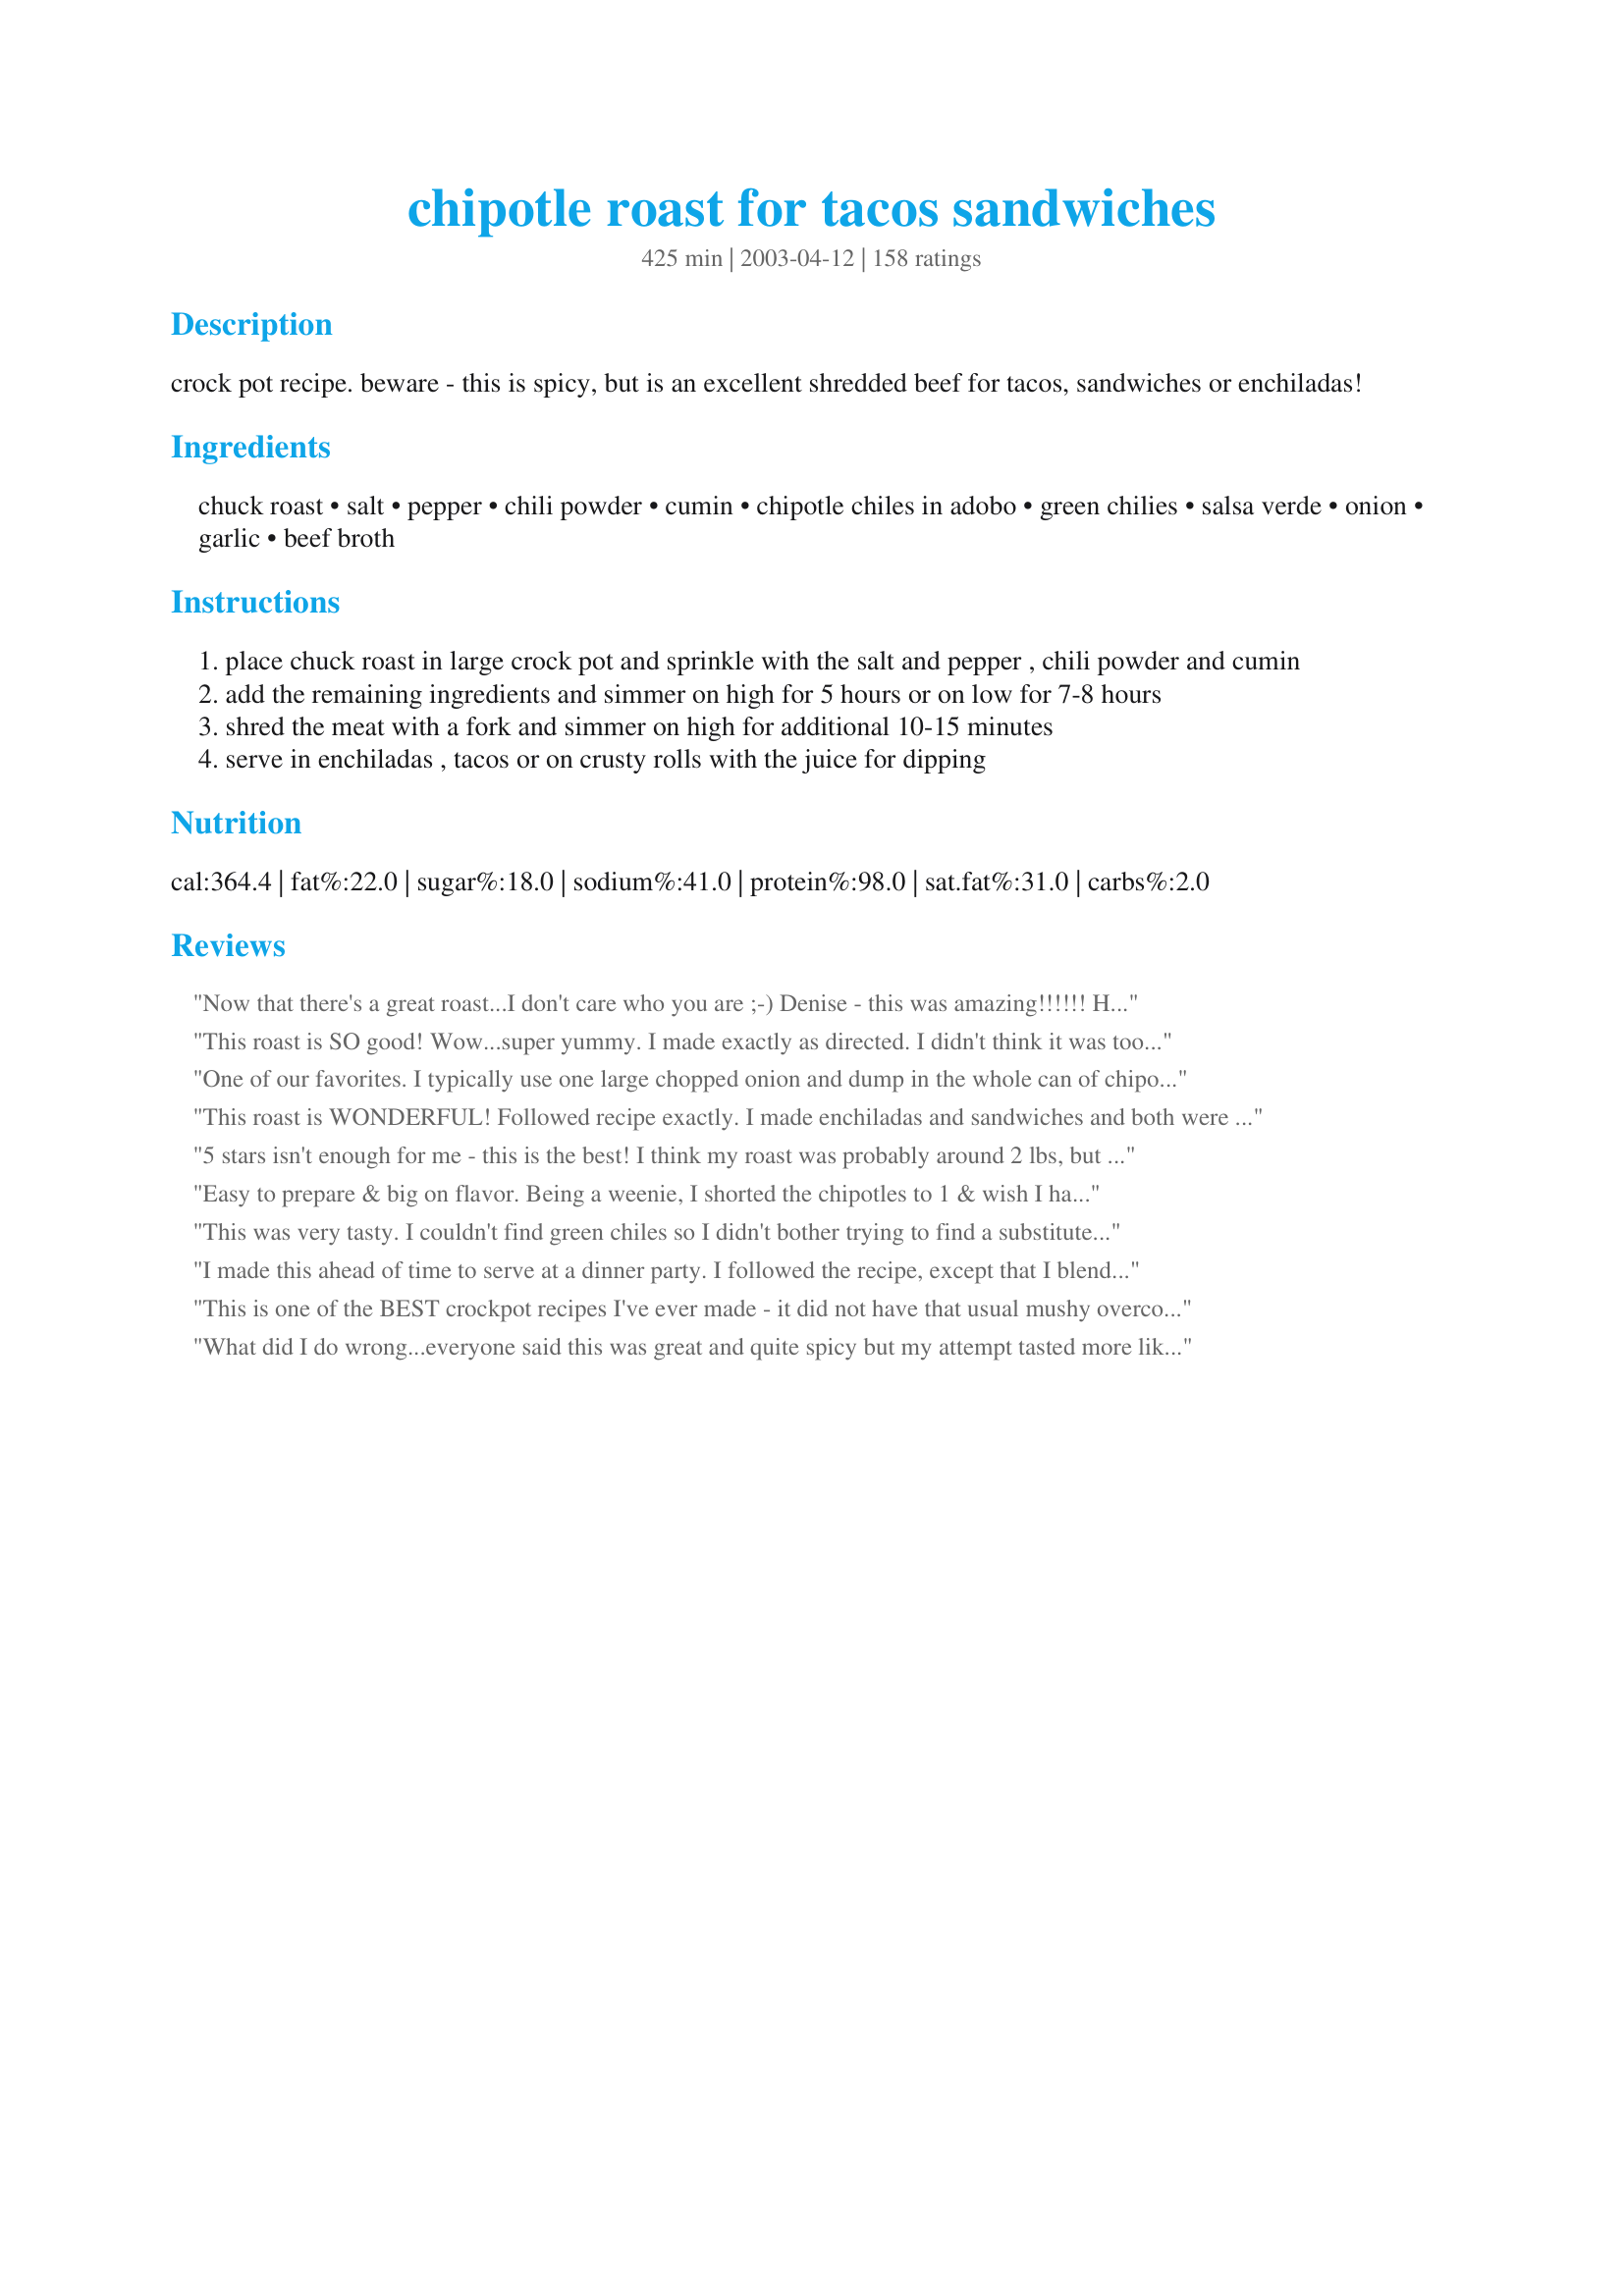
chipotle roast for tacos sandwiches
Preparation time: 425 minutes

crock pot recipe. beware - this is spicy, but is an excellent shredded beef for tacos, sandwiches or enchiladas!

Ingredients:
chuck roast, salt, pepper, chili powder, cumin, chipotle chiles in adobo, green chilies, salsa verde, onion, garlic, beef broth

Steps:
place chuck roast in large crock pot and sprinkle with the salt and pepper , chili powder and cumin
add the remaining ingredients and simmer on high for 5 hours or on low for 7-8 hours
shred the meat with a fork and simmer on high for additional 10-15 minutes
serve in enchiladas , tacos or on crusty rolls with the juice for dipping

Reviews:
Now that there's a great roast...I don't care who you are ;-)

Denise - this was amazing!!!!!! House smelled great all day, and the taste was just beyond!!! Had leftovers today wrapped up in flour tortillas! Brian loved it too :-)
This roast is SO good! Wow...super yummy. I made exactly as directed. I didn't think it was too spicy. After shredding I rolled the beef on flour tortillas with a little cheese and sour cream. Will make these again...and again. Thanks for sharing.

Update: The leftover beef & juices make excellent soup! I added some water, frozen veggies, and a can of pinto beans. Crushed tortillas in bowl, pour on the soup and topped with sour cream...super yummy.
One of our favorites. I typically use one large chopped onion and dump in the whole can of chipotle chiles in adobo to up the heat a bit. We eat this on tortillas with creamy coleslaw and it is a staple in our house!
This roast is WONDERFUL! Followed recipe exactly. I made enchiladas and sandwiches and both were soooo good. The meat is very flavorful and tender. The juice definitely has a kick to it so beware-I used it sparingly but hubby couldn't get enough!!! *Another comment after preparing again, my salsa verde is very, very hot so is adding a lot of the heat that I mentioned above.
5 stars isn't enough for me - this is the best! I think my roast was probably around 2 lbs, but I didn't change the seasoning amounts. I'm not sure what salsa verde is so I just used Pace Picante, didn't have the green chiles so threw in an extra chile in adobe, and this turned out perfect for us. Yes it was spicy but we like spicy. I cannot wait to make again. Thanks, Denise!
Easy to prepare & big on flavor. Being a weenie, I shorted the chipotles to 1 & wish I hadn't. After all was said & done, it wasn't hot at all. My weekend crowd stuffed the meat in hoagie rolls & ate until it was all gone.
This was very tasty. I couldn't find green chiles so I didn't bother trying to find a substitute, and I used 4 chipotle chiles instead of 3. it reheated really well this afternoon for lunch, and I definitely plan on making this again!

3/16/07 -- you know, I think my initial rating of this was a little harsh. I've made a few different chipotle roasts since then, and this is definitely the best tasting. when I was eating those other roasts, I would think of this one :)
I made this ahead of time to serve at a dinner party. I followed the recipe, except that I blended the chipotle, green chilies, salsa verde, onions & garlic. One of the reasons for doing so was to hid them from the dh. He's not so hot about chilies & onions & would probably pick them out. I loved this. So did everyone else. By the way, I left it just a little "juicy" when I made it because it would be heated up the next day - it was perfect. All the recipes I used are in my menu "Mexican Dinner Party". Thank you for a wonderful recipe & will use again!
This is one of the BEST crockpot recipes I've ever made - it did not have that usual mushy overcooked crockpot taste. It was moist and flavorful and I was able to quickly shred the meat in about 5 minutes. I served with warmed flour tortillas, sour cream, cheese and fresh cilantro; I also used the leftovers for "taquitos" the next day in everybody's lunch box - absolutely delicious!
What did I do wrong...everyone said this was great and quite spicy but my attempt tasted more like BBQ beef instead of mexican. I had prepared something else for my 2 year old since I thought it would be too spicy and he could have eaten it. The liquid was a bit spicy but non of the flavor made it to the beef. I cooked it on low for about 10 hours instead of 7-8 but besides that I followed the recipe. I even used brand name for all the ingredients as opposed to store brand. I have plenty of leftovers in the fridge I am hoping it has more flavor after it sits for a while.
Wonderful stuff, Denise! This is a great way to prepare a roast, especially if you like the Mexican angle. And It was really EASY. I served thge meat/sauce with deli rolls and, as an alternative, with small corn tortillas (my wife made enchiladas, adding cheese to top them, and said they were super). I went with the chipotles in adobo sauce and the meat did not turn out overly hot. If I made any changes in the future, I would add more onion slices as I ate them all up pretty quick by piling them atop of my sandwiches. Thanx for this great recipe. My wife and I rarely agree on food that is "fantastic" but this one gets 5 stars from both of us.
Big Pat.
Yum, Yum, Yum!!! This is soo easy and delicious. Cant wait to share with friends.
My family loved this. I used round steak and did not have verde sauce. The meat was very tender and flavorful. I broke up the meat and served it in flour tortillas with cheese and sour cream. I am going to mix the leftovers with rice tonight. I will definitely make this again.

One of the best recipes that I have found on this site. Tastes great and is so easy to make. Can be very spicy, but I like it and everyone that tries it loves it too. I ate it with soft flour tortillas, cabbage, cheese, and avocado! Yummy! Feeds a crowd so this would be a great party dish.
thank you so much for this recipe this was great! I followed the recipe to the T but cut back on the Chipotle's due to my family are whimps. I put it in the crock on Saturday planning to have it for dinner that night. Something came up so I put it in the refer. and on Sunday morning and let it cook all day again and by the time we ate Sunday night it was GREAT>!!! I served it on tortilas with a little cheese and this will be a roast i make often. I can say that when mother tells you something is good trust her! thanks mom (bobbie#3)
Surprisingly not as flavorful as I expected. Meat was tender and shredded well, but could use a flavor boost.
Can't wait to try this. I just froze a bunch of minced chopotle chilies in adobo in mini muffin tins for future use. Now I'm collecting recipes to use them in. Here's the link to the cookbook for anyone else needed to use up some book #150466
This was Excellent! The roast turned out moist and tender and the spicy part was the best of all.
I shredded it in my processer roughly and put it in a skillet and added the cooking liquid and cooked it down until almost all the liquid cooked out and then served it on fryed taco shells and it turned out perfect. Next time I will make sandwiches and use the juices for dipping. Thanks Minkie..
While we liked the flavor of this, most of my family found this too spicy. Of course when using peppers, they vary in size, and therefore the heat will also vary. It was super easy to throw together and the house smelled fantastic when we got home from work. If I made this again I would have to play with the ingredients and amounts for my family, trying to keep flavor but decrease the heat.
This was pretty good! I didn't have a beef roast on hand so I used a venison one instead, and it worked out perfectly! When I went shopping for this meal I couldn't find the chipotle chilies in adobo so I picked up a jar of chipotle salsa instead. Even though the venison roast was smaller then the beef roast, after I shredded it and put it back into the crock pot it was the perfect amount. I would have rated this a 5 star but because I tried it with venison instead of beef I gave it a 4. When I make this again (with the beef roast) I'm sure it will be a 5 in my book. :)
What a wonderful recipe. It can be used for so many things. I used the beef chuck roast -- but I can see that a pork butt (shoulder) would be great -- and chicken as well. My roast was 5 pounds, so I did 1 1/2 the amounts of the recipe. After it was all said and done, I think I could have just stuck to the original recipe. I had plenty of "juice" -- enough that I was able to put a couple cups of it in the freezer for the next time I make this. We had tacos last night and they were wonderful. I can see where it would make great burritos and fajitas -- and sandwiches. I also cut back on the chilies in the adobo -- mainly because we're having this tomorrow for our two small grandchildren. The broth was pretty spicy, but once I shredded the meat, it was very mild. I appreciate having this recipe -- and I can see that many others do as well!
I've made this several times with beef (fantastic by the way) but this time I used a pork roast and chicken broth. It turned out just as well. Thanks so much for posting!
Soooo good!! I used 2 chipotles, and it was pretty darn hot. (we like spicy!) We ate it on tortillas, and once you added the toppings, the spice was great. It was a bit too spicy for my children though, so next time, we will just try one chipotle. I made this for guests, and everyone loved it. Thanks for sharing this easy, (YUMMY) recipe!!
This has become a staple in our house. I don't chop the chilies so I can scoop them out before shredding the beef. I also add Worcestershire sauce, just a tablespoon or so.
After it's cooked (I like to let it cook on low for another couple hours after shredding) I add about a cup of mayo, shredded ch. cheese and a can of cr. of mushroom soup it's fantastic for enchilada filling. I use this for OAMC cooking. Roll up all your tortillas, flash freeze, wrap in plastic wrap and then put them in bags
Wow, this was excellent! I made it exactly as the recipe stated. The house smelled SO GOOD while this was cooking, and the taste lived up to the smell! We used it in burritos, DH ate until he was miserable. Thanks for the keeper!
Yum! And very easy too. :) I will definitly make this again. Thanks!
My kids were not crazy about our Christmas prime rib. So I used the leftovers in this recipe and I omitted the chipotles so it wasn't spicy. The canned green chilies always add a really nice flavor we really enjoy. We ate it on sandwiches and all of it was gone way to fast. We'll definitely will make it again using a different meat.
just unbelievable! We ate this one for days....
I've served this twice to two different groups, and everyone loves it. Thanks for a great, easy recipe.
Very simple recipe,almost no work invovled and when its done it taste like a explosion in your mouth!!Fire and flavor,just the way I like it.I ate mine plain but the rest had it with tortillas,sour cream and cheese,although next time I am gonna serve it on tostados.Just a hint,if the recipe seems too spicy for some,leave out the chipoltle peppers in adobe sauce,that one little can is packed with fire,good but hot to some.
We all loved this! The meat has a really nice flavor and is just spicy enough. Thanks for sharing your recipe! This is my new taco/enchilada/everything meat!
Loved this recipe! I made it for our tailgate-easy with flour tortillas. There was none left. Definitely a keeper.
Absolutely THE best recipe for beef in Mexican dishes. I have made this countless times now and everyone loves it! I add 5-6 chipolte chiles in adobo, but my family is into the "spicy" stuff! Thanks for a wonderful recipe. (Oh! And DH uses the leftovers over pasta with a can of drained corn - yummy!)
This was REALLY good, but quite spicy. We had to rinse it and nuke it in more broth so the kids could eat it. BUT we also substituted fresh (seeded) serrano peppers for the chipolte in adobo (what is that? We can't find it anywhere around here). Very yummy! Tom had a sandwich, I had it in a wrap with fixin's... very high yum factor!
Made this just as posted, used 4 chipotles--just enough heat for our family. Will make this recipe often! Thanks to you for a good alternative to the regular ground beef w/taco seasoning!
This meat was phenomenal. We did use all 3 chipotle chiles and it was hot but we love it that way. Also, once the meat was shreaded I transfered the meat to a skillet and slowly added the juices from the crockpot to let it reduce. It intensified both the spice and the flavor and DH RAVED!! We had lots of leftovers and are looking forward to eating them!
Made this twice now. First time I put it on buns. Second time I put it in flour taco shells with slices of red pepper, sour cream and avocado. It was much better the second time. This is a great base recipe that you can do tons of things with. Thanks for the great recipe!!!!
Absolutely fantastic! I didn't have a roast, but needed to use up some beef tenderloins and steaks in the freezer, so I used about 1 1/2 pounds of each. Other than that, I followed the recipe. This had such a wonderful flavor and just enough heat without being overpowering. I made this for enchiladas, and will use the leftovers for tacos. Thanks for sharing.
This was so easy and delicious. I used a pork roast. I tried to make it a little more mild for the kids. We served it on homemade tostadas(fried corn tortillas) with the traditional taco ingredients + gaucamole, cilantro and crumble mexican queso cheese. Will make again for sure.
This was sooo good! I allowed mine to cook overnight for about 8 hours and it was super tender! When I took it out of the crock pot I shredded it and put in the fridge until dinner. Then I placed the left over cooking liquid in the blender, pureed until smooth and passed it through a small strainer. When it was time to eat I simply placed it in the skillet and reheated with some of the strained sauce. We served this in white corn tortillas and topped it with shredded cheese, sour cream, and Recipe #60137
I have made this several times now and we love. Tasty spicy! I always get requests for this recipe.
Excellent. After slow cooking, I separated meat from sauce, degreased the sauce, placed sauce in pot and reduced by about a quarter (10-15 mins. of gentle boil), thickened with 2 tsp of cornstarch slurry, and finally recombined meat and sauce for final simmering. The idea was to make the excellent sauce better stick to the shredded meat.
This was great. I made this 3 times already. Flavors are great and the meat just falls apart. I did not change a thing. Served in flour tortilla. I made a sauce with equal servings of mayo and sour cream with a little lemon juice and a teaspoon of taco seasoning. It was great as a topping for this dish! Thanks for posting.
EXCELLENT!!! I used an almost 4lb roast so i added more Chipotles about 5 large ones in the adobo sauce, (I tried the hotness before I added them and they were med-mildish) PERFECT for the spice lovers!!! Yummmy will defiantly make again!
I made this for enchiladias and we loved it. I could smell it from the start and was practically drooling by the end of the day...lol. I will make this again, thank you.
Excellent. I made 2 roasts in a large crock. Instead of the salsa verde, I used drained canned diced tomatoes, and added extra of all the seasonings.
this was really good & not too spicey but boy did it gave me heart burn!! nothing that a couple'a tums couldn't handle...lol
the perfect thing to make when hosting a party. after done, just shred the roast and set the crock pot to warm and these sandwiches don't stand a chance! even better when you serve the sandwiches wet (dip the top half of the bun in the gravy). i usually have to triple this to satisfy everybody.
Oh my goodness! This was terrific! A definite keeper. I served this on my Recipe #358515 that made into rolls. I used a mixture of equal parts of mayo and sour cream; then spread on the bottom of the roll along with onion slices and banana pepper slices. I topped the meat mixture with a sprinkling of shredded yellow cheese then the top of the roll. An outstanding recipe that I can't wait to serve again.
This was the most amazing mexican meat I've ever had!! Lived in tx for 2 years... and nothing compares! Making it again today trying with chicken this time. Amazing thanks for sharing this!
Let me add my 5 stars to this recipe! The meat was so flavorful without being hot and spicy! I made as posted except I subbed picante sauce for the salsa verde (personal preference). I left all the seeds in the chipotles, too. My meat was still somewhat frozen so I put it in early in the morning and cooked on high all day and it came out perfect. We made tacos with the meat. This recipe would be perfect for a crowd. Thanks for posting a keeper!
This is a fantastic recipe! I will be making this often! Made it as directed with just a couple of changes. I seared the roast in a pan first, and then sauteed the onion and garlic in the pan drippings from the roast. This recipe seems like it&#039;s going to be way too spicy, but it is actually fairly mild. The meat really doesn&#039;t pick up all of the heat until it&#039;s shredded and put back in the crock. For those who can&#039;t stand the heat, just set some of the shredded meat aside, rather than putting it back in the crock. We had this in tacos, and the leftovers will be used for enchiladas, burritos, etc. Awesome recipe!!
I toned down this recipe as the ingredients sounded so good but way to hot for me. I halved recipe. I had to cut a roast in half to do that. I used 0 chili powder though I think I should have used some, Cummin asked for, 1 chipotle chile in adobe, 2 ounces of green chilies, 3.5 ounces of salsa verde, 3/4 tsp garlic and the rest of ingredients as called for. It was good but not spicy enough for me. Next time I will add 1/2 tsp chili powder or maybe 1 tsp. It was a nice change of pace from tacos. I ate on a flour tortilla with sour cream, avacado, tomato. Served extra salsa verde on tortilla. I was able to cook 1.5 lb roast in a 1.5 quart slow cooker.
I used the whole can of chipotle chiles and we thought it was not spicy at all. My boyfriend loved the sauce that this made! After using all the meat for tacos, I saved the sauce and used it to serve with cheese quesidillas with onions and it was delicious! I can't wait to make this again. So easy!
This was so delicious and really easy. I have some in the house who can't handle too much spice so I only used 1 Chipotle chile and added about a teaspoon of the adobo sauce. I did use a pork roast because they were on sale and we made burritos and tacos from the meat. I served green chile on the side to smother the burritos in and everyone loved the meat!
This was just wonderful. We loved it! I used it all the different ways you stated. I'm sure it could be used many more ways. Great recipe. Thanks for posting.
The leftover drippings along with the onions, peppers, and spices in the crockpot make great enchilada sauce! Just skim off the fat then puree the crockpot contents in your blender. Next add the pureed mix gradually to a roux made in your saucepan. Then stir in two small cans of tomato sauce, some water if needed, along with with cumin, chili powder, garlic powder, and oregano to taste. Simmer the sauce then use it for enchiladas filled with the leftover shredded chipotle roast ~ Yum!!
My family LOVES this recipe! It is quickly becoming one of our top favorites. I make it with no chipotle peppers. I'm sure it is wonderful with them, but with small children, I leave them out and it is still delicious!
I made this recipe exactly as posted and it was excellent! The meat was falling-apart tender and the seasoning was delicious. I had my Mexican neighbors over and when I told them the recipe had chipotles in adobo they thought the beef would be very spicy-hot, but it wasn't - it was perfect for our taste! I served this on rolls like hot beef sandwiches, but would be great for tacos, too. Thanks for a keeper, Minkie!
Incredible recipe - we just loved it. A very welcome change from the usual roast, potatoes, and carrots, and I will be making it often!!!
A great recipe to make ahead and freeze for whenever you want burritos or enchiladas. Instead of the green chilies and salsa verde I used a can of diced tomatoes and green chilies (undrained) as I had that on hand. I made this in my pressure cooker and cooked for 2 hours on high pressure to make it really tender. Because I used the pressure cooker I added another 2 cups of liquid.
So flavorful and spicy! I served it on buns for the first night, and then in beef tacos with the leftovers. Very easy and delicious!
Terrific! My husband loved it. Nice and spicy. Very easy to make. Followed instructions exactly. It did take the full 8 hours on low before it was ready to be shredded.
We loved this recipe, I did a few things different as I've made this several times and what works best for us is to skip the chipotle chilies in the abodo sauce completely I find that it is too spicy and kills the tastebuds on your tounge and your unable to taste anything else. I love spicy food but I need to taste other flavors too. :-) I also skipped the canned green chilies and used fresh roasted ones, also skipped the salsa verde those seemed to make it too salty for us. Instead of the salsa verde I used a small can of green enchilada sauce and that seemed to work out just fine. And because I was too lazy and in a hurry I didn't trim the fat off I just tossed it in our Rival 8 quart Roaster Oven at 350. It tastes so good! It makes so much flavorful meat I'm able to get a few meals out of it, usually can have tacos one night, enchiladas on another night, burritos on another night, and sandwiches on another. Tonight I'm going to make some burritos up and stick them in the freezer for a quick hassle free meal. Great post!
FANTASTIC!! I didn't have chiptle chiles but I had Chipotle Chili powder. Turned out wonderfully! Thanks so much for posting.
Wow, this was so good! Followed the recipe exactly as written and it is perfect...very flavorful and just the right heat. I did it in the crockpot for 5 hours and the meat shredded nicely...thanks so much for posting this awesome recipe!
I loved this recipe so much I wanted to try it with chicken. I used 6 chicken breasts and chicken broth, but kept everything else the same. Cooking time was about 1/3 of what was needed for the beef, and it was the most tender chicken I've ever made. It was perfect for enchiladas!!
Loved this in tortillas. I cooked the roast then put all the liquid in the blender to mix up. Next time i will reduce the sauce a bit to thicken it. It was very thin and got all over, dripping out of the tortillas. Very easy.
I used a pork loin roast, and didn't add the chipotles because I wanted to make it mild this time. We served it on tortillas with cilantro and sour cream. It was delicious - very moist, tender and well seasoned. I will try it with chipotles next time for a spicier version.
This was great! I used a pork butt instead of beef and vegetable broth instead of beef, but otherwise made as written. Served on corn tortillas for taco filling. UPDATED 1/25/11: Made directly as written(with beef and beef broth) and loved it even more. Cooked on high for 5 hours and came out tender and flavorful. Served on french bread rolls.
I made this the other night for the family and it was eaten very fast! I liked the salsa verde and chipotles, it was a nice blend. 
This is a definite repeat recipe.
This is a great recipe! It was quick to put together, easy to cook, and full of flavor. The husband wanted a pork dish for dinner this evening, so I used a 3 pound pork loin but did not change any other ingredients. The pork was full of a wonderful spicy flavor and it was so very tender. I%u2019m planning on cooking this again next week. A friend, who served pork tacos at her restaurant, would use tongs to lightly toast the flour tortillas over an open flame of a gas stove, which added a special flavor to the taco. I have an electric stove top and decided to put a tortilla directly on the burner for a few seconds and it did not taste the same, but it was better than having a plain warmed tortilla. I served this with fresh cilantro, guacamole, fresh green salsa, and tomatoes. A to the person that submitted the recipe!
This really excellent. I actually cooked this roast on low over night and shredded the beef in the morning. Before reheating I added just a touch more broth to keep it moist. We all loved it and it makes quite a bit so there were left overs for burritos. I have a little left over in my freezer now and can not wait for another mexican menu at my house!
This was very good. I used it for saft tacos and it was a nice change from the regular taco meat. It had a nice spice and heat to it which we liked. I'm sure we will be having this again!!
I have made this recipe about 5 times now. My entire family Loves it! Its wonderful! We eat it on whole wheat tortillas with cheese and rice also in the tortilla. Yum!
This turned out very well ~ we ate it as just our main meat for dinner. I can't wait to make this again.
I have been meaning to review this for some time. My guys just love this! They think it is better than french dip! It is so easy and versatile. I've used dry onion soup mix and a cup of water as a substitute for the beef broth.
excellent, flavorful, and easy to put together!! i actually used a pork roast, upped it to 4 chipotles and added 2 serrano peppers for extra heat! we used this to make burritos. will make many more times!! thanks denise!!!
I made this recipe exactly as written EXCEPT I cut the chipolte peppers to one. However, next time I make it, I will include all three peppers. I can't believe that the preparation was so easy. It is one of the best crock pot recipes I have ever used. This recipe came out wonderfully and my family loved it. I served it on a bun, but I can't wait to use it as taco and tortilla filling. This one is a winner. Thanks.
This has to be one of THE best dishes I've EVER made in a crock pot! My husband was a cook at a Mexican restaurant for 4 yrs as a kid and he loved it as well. I had to make some substitutions because I didn't have certain things at home. Still turned out wonderfully, but probably just a bit hotter than this dish was intended to be. Instead of chipotle chiles, i used some dried red chilis i happened to have. I also used a can of jalapenos instead of green chilies. it was SO awesome!!! I highly recommend it.
This is one good recipe! It, however, wasnt as hot as we were anticipating, but we also eat a TON of hot things in our home. This is a very tasty recipe and I followed the recipe to a T and it is perfect! Thanks so much!
very good taste.Made it as written. Will make again.
Really good and easy recipe for dinner. We used it to fill tortilla's like for taco's. I cut some of the chile proportions because I have little guys who can't eat things that spicey. This had a great flavor. We all enjoyed it! Thanks for a fantastic recipe.
Really good!
I have been looking for a delicious shredded beef recipe and I have now found the perfect one! I used a larger can of green chile, and instead of chipote peppers which upset my tummy I found a great new product. It's in the hispanic section of our grocery store and it's like chipolte boullion cubes. It gave a great flavor without all the mess. I browned my roast then threw it in the crock pot. Put my onions and garlic in the skillet I browned my roast in, cooked them until soft, added the other ingredients and threw it all in the crock. After 3 hours on high I pulled out the roast, shredded it, and put it back in for about an hour so it would absorb more flavor. I served this with fresh tomatoes, cilantro, onions, and queso fresco with corn and flour tortillas. It wasn't too hot and my 3 year old liked it too! Super splendid and will make over and over again.
Wow!! This is good! I followed the recipe exactly. I tasted of the sauce when I removed the roast to shredd it and it was very hot. Adding the roast back into the sauce mellowed it down and the result was a spicy, but not blow the top of your head off, dinner. I served this in flour tortillas to build soft tacos. I will make this recipe again. Thanks for sharing this with us.
Very good! We served this on tortillas topped with cheddar cheese and salsa. I used only one tablespoon of chili powder but next time I will use the full amount. Thanks for sharing!
Absolutely AMAZING! I added about a cup of medium salsa, a few dashes of Worcestershire and another half cup or so of beef broth. The flavor was incredible. Like some others, I was concerned about the heat when I first tasted the juice, but once the meat was shredded and absorbed the juice, it was perfect! I made shredded beef quesadillas with this, and it was better than what I get from any restaurant! My kids each gave it two thumbs... and two big toes up, lol. They said it was too good for just two thumbs.
these were really good. we made burritos and put cheese and rice and avacado in them. they were even better the next day.
I would give this ten stars if I could! My whole family loved this-I did omit chipoltes for the kiddos and used regular salsa. Thanks for posting
I made this exactly as written and it was wonderful! The aroma that filled the house was fantastic and we could hardly wait for it to be finished. This will become a regular in our house. Thanks!
Wow, I have to say that this meat is by far hands down the best!!! and I mean BEST that I have tried for tacos. I had a little get together today with friends and family and everyone absolutely went crazy for it!!! With the chipotle chiles it wasn't too spicy, just a nice warm burn. Almost addictive. Way to go. Thank you for sharing!
This was wonderful! I made it exactly according to directions and served on tortillas. The whole family loved it. It was just slightly warm-not at all hot-my husband still put jalapenos in his taco. This will absolutely be made again!
This is so easy and so good. Great for company. We serve it in soft tacos (corn torillas work wonderfully) and all the yummy extras--sour cream, pico, cheese, guac, beans, and Spanish rice. Thank you for sharing a winner!
Love Love Love it!!!
My friends have been making this regularly for years, so I finally gave it a spin. WOW. Now my family wants it every week. This recipe is perfect the way it is. But here are a few things I did: I always sear roasts in a fry pan before putting in the crock pot to get that browned carmely flavor. And this time I added a capful of Wright&#039;s liquid smoke to enhance that smoky flavor of those wonderful adobo peppers. I was advised to use Mrs. Renfro&#039;s salsa verde and it&#039;s just excellent. Thanks for a great and easy recipe that lasts for days.
This was fabulous! I made it while camping and we couldn't stop eating it. When I first tasted it, I thought it was going to be too hot but once you got the first bite down, it was perfect!
Fantastic recipe! My DH (very picky eater) could not get enough of it! I made this with basmati rice and stuffed both in flour tortillas; along with the typical fillings. FABULOUS! (I've also used with chicken... again very good! Thanks so much for the great recipe!
This recipe was really good - definitely a great alternative to the regular pot roast.
Really great recipe. I didn't have the verde so I subbed one can of tomatoes with jalapenos and used ancho chili powder. I pureed what was left in the crock pot with a stick blender and served over top of the meat. In tortillas or alone this was a family favorite. Made Mexican Rice (#117892) to go as a side also a really great recipe. I will be making these together. <br/>Thanks for posting this recipe
I loved this! I changed it up a little bit (of course!) . I did not use canned green chiles, I just used a variety of dried chies I had on hand. I think they were adobe, chile de arbol, and guajillo? I can't remember, but the point is, this recipe is very versatile to change the chiles or spices up a little bit. I like things on the spicier side, so I added more heat! AFter shredding them and eating as sandwiches the first night, the next day for lunch I reheated the shredded beef in a skillet for tacos - that worked great! Tasted better the second day actually! Thank you
I must confess that I made this a day early for dinner tomorrow, but I can't stop grabbing tastes! This is so awesome Denise! I love it! The smell while cooking was to die for. But the TASTE, OMG, the taste is incredible! I only used one can of chipotle chiles so my son would be able to eat it, and being a spicy whimp, that is enough for me too. I can see that I have more than enough for a taco dinner for tomorrow and burritos for the freezer. I am floored at how incredible this tastes, even better than the machaca at our local mexican restaurant. Just awesome. Thanks so much Denise.
I made this for my partner and he thought it was ok. He didn't care too much for the chipotle peppers. I think its all a matter of preference. If you don't care for chipotle peppers either use very little or none.
I made this twice, once with beef and once with chicken. I definately preferred the chicken, it was so spicy and scrumptious. The beef was good, but give the chicken a try! Only sub was chicken broth for the beef. YUMMY
This is a great chipotle recipe, my husband and I loved it.
This is a really good recipe. It is extremely spicy. I used two chipotle peppers to try to cut down the heat. When I pulled the roast, I chose not to put it back in the sauce and let everyone get the sauce out that they could handle. I will make this again.
This was good! Followed directions exactly. Everyone loved it! I made it as tacos with queso fresco and avocado slices.
This was very good. Took it to a pot luck and got very good reviews. Next time I will try pork.
Delicious and so easy to make! Great flavor and very similar to Chipotle's barbacoa. We put it in tortillas with sour cream and cheese. Next time, I plan on trying it for sandwiches. I put 5 chiles and extra salsa verde, because we like spicy food. Still wasn't too spicy, because my 1 year old daughter ate it. Mmmm....just perfect! Making this again very soon!
Thank you for posting this recipe, it was DELICIOUS! My partner and I make tacos together every 2 or 3 weeks, this recipe will definitely be made again and again.

Here are the modifications I made:

- browned the roast first
- sauteed the onions and garlic first
- added a small can of diced tomatoes (well drained)
- used only 2/3 c broth
- added 2 T maple syrup (mmm, maple and chipotle, a combo made in heaven!)
- when I took the roast out to shred the meat, I used my hand blender to blend the sauce

Really, a great recipe.
This was fantastic!! Very easy to make and the results are outstanding. I couldn't find salsa verde and didn't have time to make my own, so I used a garlic fire-roasted tomato salsa; probably not as good as the verde, but it turned out nicely nonetheless. The salsa was already a bit spicy, so I cut the chipotles down to two, although three would have made it good and spicy - just the way I like it! However, we were making this for a crowd so I needed to keep the heat at a reasonable level. We used this as a filling for tacos, although it would be equally delicious as a torta. Served recipe#175635 as a side, which we loved and highly recommend. Thanks for sharing your delicious recipe, Denise!
Fabulous! I added 4 chipotles instead for extra heat. I added a little cilantro, chipotle powder, and oregano also. Was even better the next day. Wrap it in a tortilla with cheese and sour cream and you will be in heaven!
This was a great recipe. Easy to prepare and the whole house smelledgreat while it was cooking. I found this recipe while looking for ways to use the chipotle chilis in adobo sauce that I purchased while on a trip to the States. My husband loves spicy things and this was a real treat for him. We made tacos with all the fixings! I will make this again after I replenish my stock of those chipotle peppers! My husband thanks you for sharing this great recipe. The leftovers froze very well too!
Fantastic!!!! We used flour and corn tortillas, pinto and black beans, cheese, shredded cabbage, onions and hot sauce to make killer tacos!
Sooooo Easy and soooo good!
Perfection! I saw this in the new picture section and thought it sounded good. I went to the market and was astounded to see what AGRA-BUSINESS was doing to us by way of beef prices. Scratch one Chuck Roast! In the Bargain Bin I found a couple of packets of Turkey Thighs. 4 thighs cost than chuck roast did per pound. I skinned and de-fated the thighs. I used Black Pepper Corns, Cumin Seeds, and whole New Mexico Chili Powder which I ground fresh just before use. The only other change was to use Chichen Stock and cut the cooking time to 4 hours. I removed the thighs to a rack to cool to handling temperature then de-boned and shredded them back into the sauce. I bagged it in individual servings and froze them. I've got to get a bigger freezer! Thanx for posting this great recipe. Pierre

Delicious Denise!!! I left out the onion and put way too many chipotle chilies in adobo (I thought the can said 3 chilies, but it said 3 chilies are in a serving - 6 servings!!) So, after I shredded the meat, I removed all the chilies while I let it simmer a little while longer, and the spiciness was definitely toned down. Still spicy enough to where I had to make grilled chesse for the kids, though, lmbo! DH and I devoured this - put it inside tortillas. Thanks so much for posting, D!!!
Yummy, Yummy, Yummy. A little too spicy for my young children, however, just right for my husband and me. I served on a bun with a creamy coleslaw and it was too die far. Very easy to put togeather, I put togeather the night before and put in the fridge then I put in cockpot the next morning before I went to work. Came home, dinner (for the next 3 nights) was done!!! How easy it that! This will become a regular meal at our house. Thank you.
This was very delicious! My hubby used the meat for tacos, and i just plopped mine on a bun and had a very tasty sandwich. I used some of the juices to dip, kind of like a french dip. I had leftovers so I took a can of refrigerated buttermilk biscuits, flattened them out, and put the meat in the middle. Sprinkled with shredded chipotle cheddar cheese, and sealed them up like little hot pockets. Those were great too! I will definitely make this often! It's very versatile, and you can use it so many different ways! Thanks for the great new addition to my recipe collection!
Really amazing recipe. I was a bit wary at first, because the cumin smelled somewhat overpowering. But the flavors in the end meld together so fantastically! And it's even more amazing the second day. I will make this roast many more times to come. Thank you so much for sharing!
I didn't want to open a can of chipotles so I used chipotle and adobo powders. I'm not sure how much. Just added until it tasted right. I served it on some kaiser rolls and loved it! I can't wait to try it on tacos. I will be making it again and again! Thanks!
Wowser! This turned out fabulous with a ton of heat. I used half moose roast and half pork roast, homemade salsa verde which had its own heat and half a can of chipolte in adobe sauce. Everyone loves it. This was so hot that I had to call the fire dept, well actually that was for another kind of smoke and heat but all turned out well.
If you like Chipotle's Barbacoa, then you'll love this. Tender, moist, perfectly spiced meat that is not too spicy. Cooked 8 hours on low. Served on corn tortillas with chopped cilantro & white onion. Leftovers are even better. Delicious!
I make this twice a month. We've used this roast for stuffed hatch peppers, brakfast burritos, enchiladas, tacos, nachos and on hamburger buns topped wih swiss cheese. So many options with this flavorful roast.
Excellent flavor, and very tender. I only used 2 chipotles. I was asked for the recipe after someone smelled, not tasted, but smelled the leftovers I took for lunch. I will definitely make this again and again.
Great recipe - really tender and flavorful. To tone down the spice of the chipotles but retain the great flavor (my boyfriend cannot eat very spicy foods), just remove the seeds from the chiles. For Phunny Pharmer - I also had difficulty finding chipotles in adobo - but I managed to find them in the international foods section at the "super" version of a local grocery store. Goya is typically the brand you will find in the NE. We used the roast for sandwiches and leftovers for taco salad!
I don't know how people are saying that this is too spicy. My DH didn't think this was spicy at all. I tried a taste and didn't get any heat. The flavor was good though, but not a "WOW" like I was hoping for.
Like most other reviewers, we loved this easy, spicy roast. Made as directed, and wouldn't change anything. A tasty accompaniment, either as a side dish or dolloped on top of the meat in a flour tortilla, is Cooks4_6's "Simple Homemade Refried Beans" (#202416). Together, these two recipes make a winning combination--thanks Denise for sharing a very versatile meat dish.
This is really good. I just finished getting it out of the crockpot and I couldn't stop pickin. I used a pork roast as well. Will serve with tortillas, homemade guacamole and some sour cream.Thanks for posting!
The flavor penetrated throughout this meat nicely. I used two chiles. Next time I think I will use one (just because my children enjoy their meat more mild--though they both ate it without a complaint). Very good in tacos. I would like to try it next time on crusty rolls with dipping juice (seeing as there is quite a bit of juice). Thanks Denise!
Very good. Everyone talked about how spicy it is, so I only used 2 chipotles and half the salsa verde, but it came out hardly spicy at all, so next time I will definitely pump it up. Very convenient and yummy. Will definitely do again. Thanks!
I made this last night because my husband loves mexican food. I served it with warm tortillas, sour cream and guacomole. We loved it. I watch my carbs, so I ate it with the sour cream and guacomole mixed it. Fantatic! 

This was great. I only used one pepper thinking my 2 1/2 yr old twins might eat it, but even that was too spicy for them. My husband couldn't quit eating it. Thanks for a great recipe.
To my husband and I, this was a 3.5 star recipe. We liked it, but didn't love it. The roast was tender but there was a certain taste--not the chipotle chiles-that I am not certain I really liked. It wasn't too spicy. Using the crockpot, made it very easy to prepare and the house smelled wonderful all day while it was cooking. Thanks, Denise!
This was fantastic and easy. I ate it as soft tacos, by itself with a little sour cream, then I experimented and made my empenada dough and put the beef and a few other ingrediants in and made excellent empenadas. (I'll have my dough recipe up soon, or anyone can drop me mail to request it and the filings)
Again, this was really great!!
Oh My, but this was good...Followed recipe exactly. Wasnt to hot or spicy for us..Instead of shredding the beef,I ground it and served on tacos. We will not have tacos our old way anymore. From now on when I make this I will double everything and grind up onions and peppers too that are left in the crockpot..and freeze up meals of taco meat. We will have tacos more often now. Thank U so much for this wonderful recipe..
This was great! I cooked it overnight and let it cool in the broth before shredding and serving in tortillas with cheese & sour cream. The flavor really permeated the meat and I discovered that while the meat wasn't exceptionally spicy, the broth sure was!! I think this will also make an exceptional sandwich on a crusty Mexican bread roll. An extra plus is the wonderfully spicy aroma while cooking.
I had some lamb roasts in the freezer and decided to try this recipe using that instead of beef. The meat was flavorful and tender. It was great to come home to the spicy aromas in the kitchen. This will become a staple for us for our tacos and enchiladas.
Very good! Served wrapped in tortillas along with guacamole and sour cream. I followed the recipe, but next time I think I will use a pork roast and add additional chipotles. I didn't find it as spicy as expected and think I would prefer this type of dish made with pork, rather than beef. Nice to have dinner simmering all day and ready to eat at dinnertime. Thanks for the recipe!
I've been trying various chipotle meat recipes for a while. This is my favorite so far! Easy as all get out, spicy and tasty! I put the trimmed roast into the crockpot, then combined all the other ingredients into my blender. A quick spin later, I poured the liquified goodness all over the roast and turned on the crock. Dinner tonight was very well received.
Wonderful! The aroma had everyone salivating long before dinner was ready. We tried the crusty rolls and dipping sauce, and next time I'm going to use it for soft tacos. This is a cookbook keeper.
We love this recipe!! We've made this at least 4 times now and its always been a hit. Thanks Denise!
This is excellent. It tasted even better the next day. I couldn't find chipotle chiles in my grocery store, so I omitted it, but it was plenty spicy. Thank you.
Very easy to prepare and extremely tasty!!! Thank you.
The DH and I loved this. I cut the heat by scraping the seeds and membrane out of the chilies. This provided a nice smokey flavor without mouth searing heat. I also forgot to pick up the beef broth, so I used a cup of V-8 which I had on hand. This makes far more than 6-8 servings. My husband and I had this for two nights and barely put a dent in it. I'm packaging up the meat and sauce into 1.5 cup packages an placing it in the freezer for future taco nights. We'll be making this again as soon as we run out. Thanks for posting!
My husband and I loved this recipe. The meat was sooooo tender and juicy. It had great flavor. I did add a lot more cumin only because we love cumin. But other than that, I did stick to the recipe as it was stated. Thanks for sharing!!
This recipe was ok for us. I liked the flavor of the meat, but I didn't like it in soft taco shells or on bread. It's almost as if the bread detracted from the flavor of the beef. I didn't have any hard taco shells maybe that would have been better. Thanks anyway, it was worth trying once. I think we just like our stuff a little spicier.
This was just OK. There wasn't a lot of flavor to this. I'm guessing that the salsa verde I used may have something to do with; I tasted the salsa alone and it was pretty bland. Upstate NY is not really known for Mexican. Chipotles in adobo are not be found either. The availability of decent ingredients may be the culprit. I won't try this again until I can find better salsa and chipotles.
Very easy but with great flavors. So many ways to use the meat, great ideas.
THANK YOU, Denise!! This is awesome! I made/served at Gato's bday party for 40 people. So, I made 3 seperate 3.5 pound roasts (over 2 days). Worked perfectly every time! I would suggest 9 hours in the crockpot. The extra hour had the meat falling apart and much easier to shred. In the 3rd batch I doubled the ingredients (other than meat) in order to have extra liquid to use in making my refried beans. That resulted in beans so perfect I could've sold 'em! Great food that fully enhanced a wonderful party for DH. Thanks, again!
I followed the recipe exactly as stated and it was very tasty. I'm glad I tried the recipe but when it comes to meat for tacos I really do prefer ground beef to shredded beef. If you like shredded beef than I think you will like this recipe. Thanks for posting.
Really, REALLY good. The meat stayed moist and was so delicious.
This was awesome! I did not have the salsa verde, but added everything else. I am going to try it next with a pork roast. A MUST TRY!
I tried this recipe a few months ago and have now made it about 4 more times already! My husband and I LOVE it!! Although we use the same amount of chilies each time, sometimes it's not spicy at all and sometimes it's really spicy. It's always a great meal though! Thanks for sharing!
This was DELICIOUS! I've been looking for a crock pot recipe for beef that would be perfect in enchiladas and this is it. It couldn't have been any easier and it came out perfect! I cooked it on high for about 5.5 hours then shredded it and put it back in for another 15 minutes or so taking the meet out bowls-at-a-time as I assembled the enchiladas. My boyfriend requested that next time I put aside a small bowl of just the meat for him.
I used a couple of pork chops and scaled down the recipe. I omitted the salt and pepper and used my own salsa instead of the salsa verde. I served this over Whole Wheat Corn Bread recipe #80963. Very tasty.
This was really easy to make and very flavorful. I love recipes that can be started before I leave for work (6 am) and left to cook all day without drying out. I cooked this 11 hours on low and it was moist and tender. I followed the recipe other than using only 2 chipotle peppers in adobo (plus their seeds). It was very spicy so I may cut it to 1 pepper next time. We served with flour tortillas, fresh salsa, monterey jack cheese, and sour cream. Yum!
This was good...and very easy to make. We did not think it was nearly as spicy as the other reviews...but we like things spicy here! We served on hoagie rolls with melted provolone melted on top. Very good
